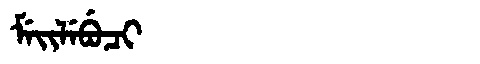
Manchu: ᠮᡝᡳᠯᡝᠪᡠᠴᡳ
Romanization: MEILEBUCI